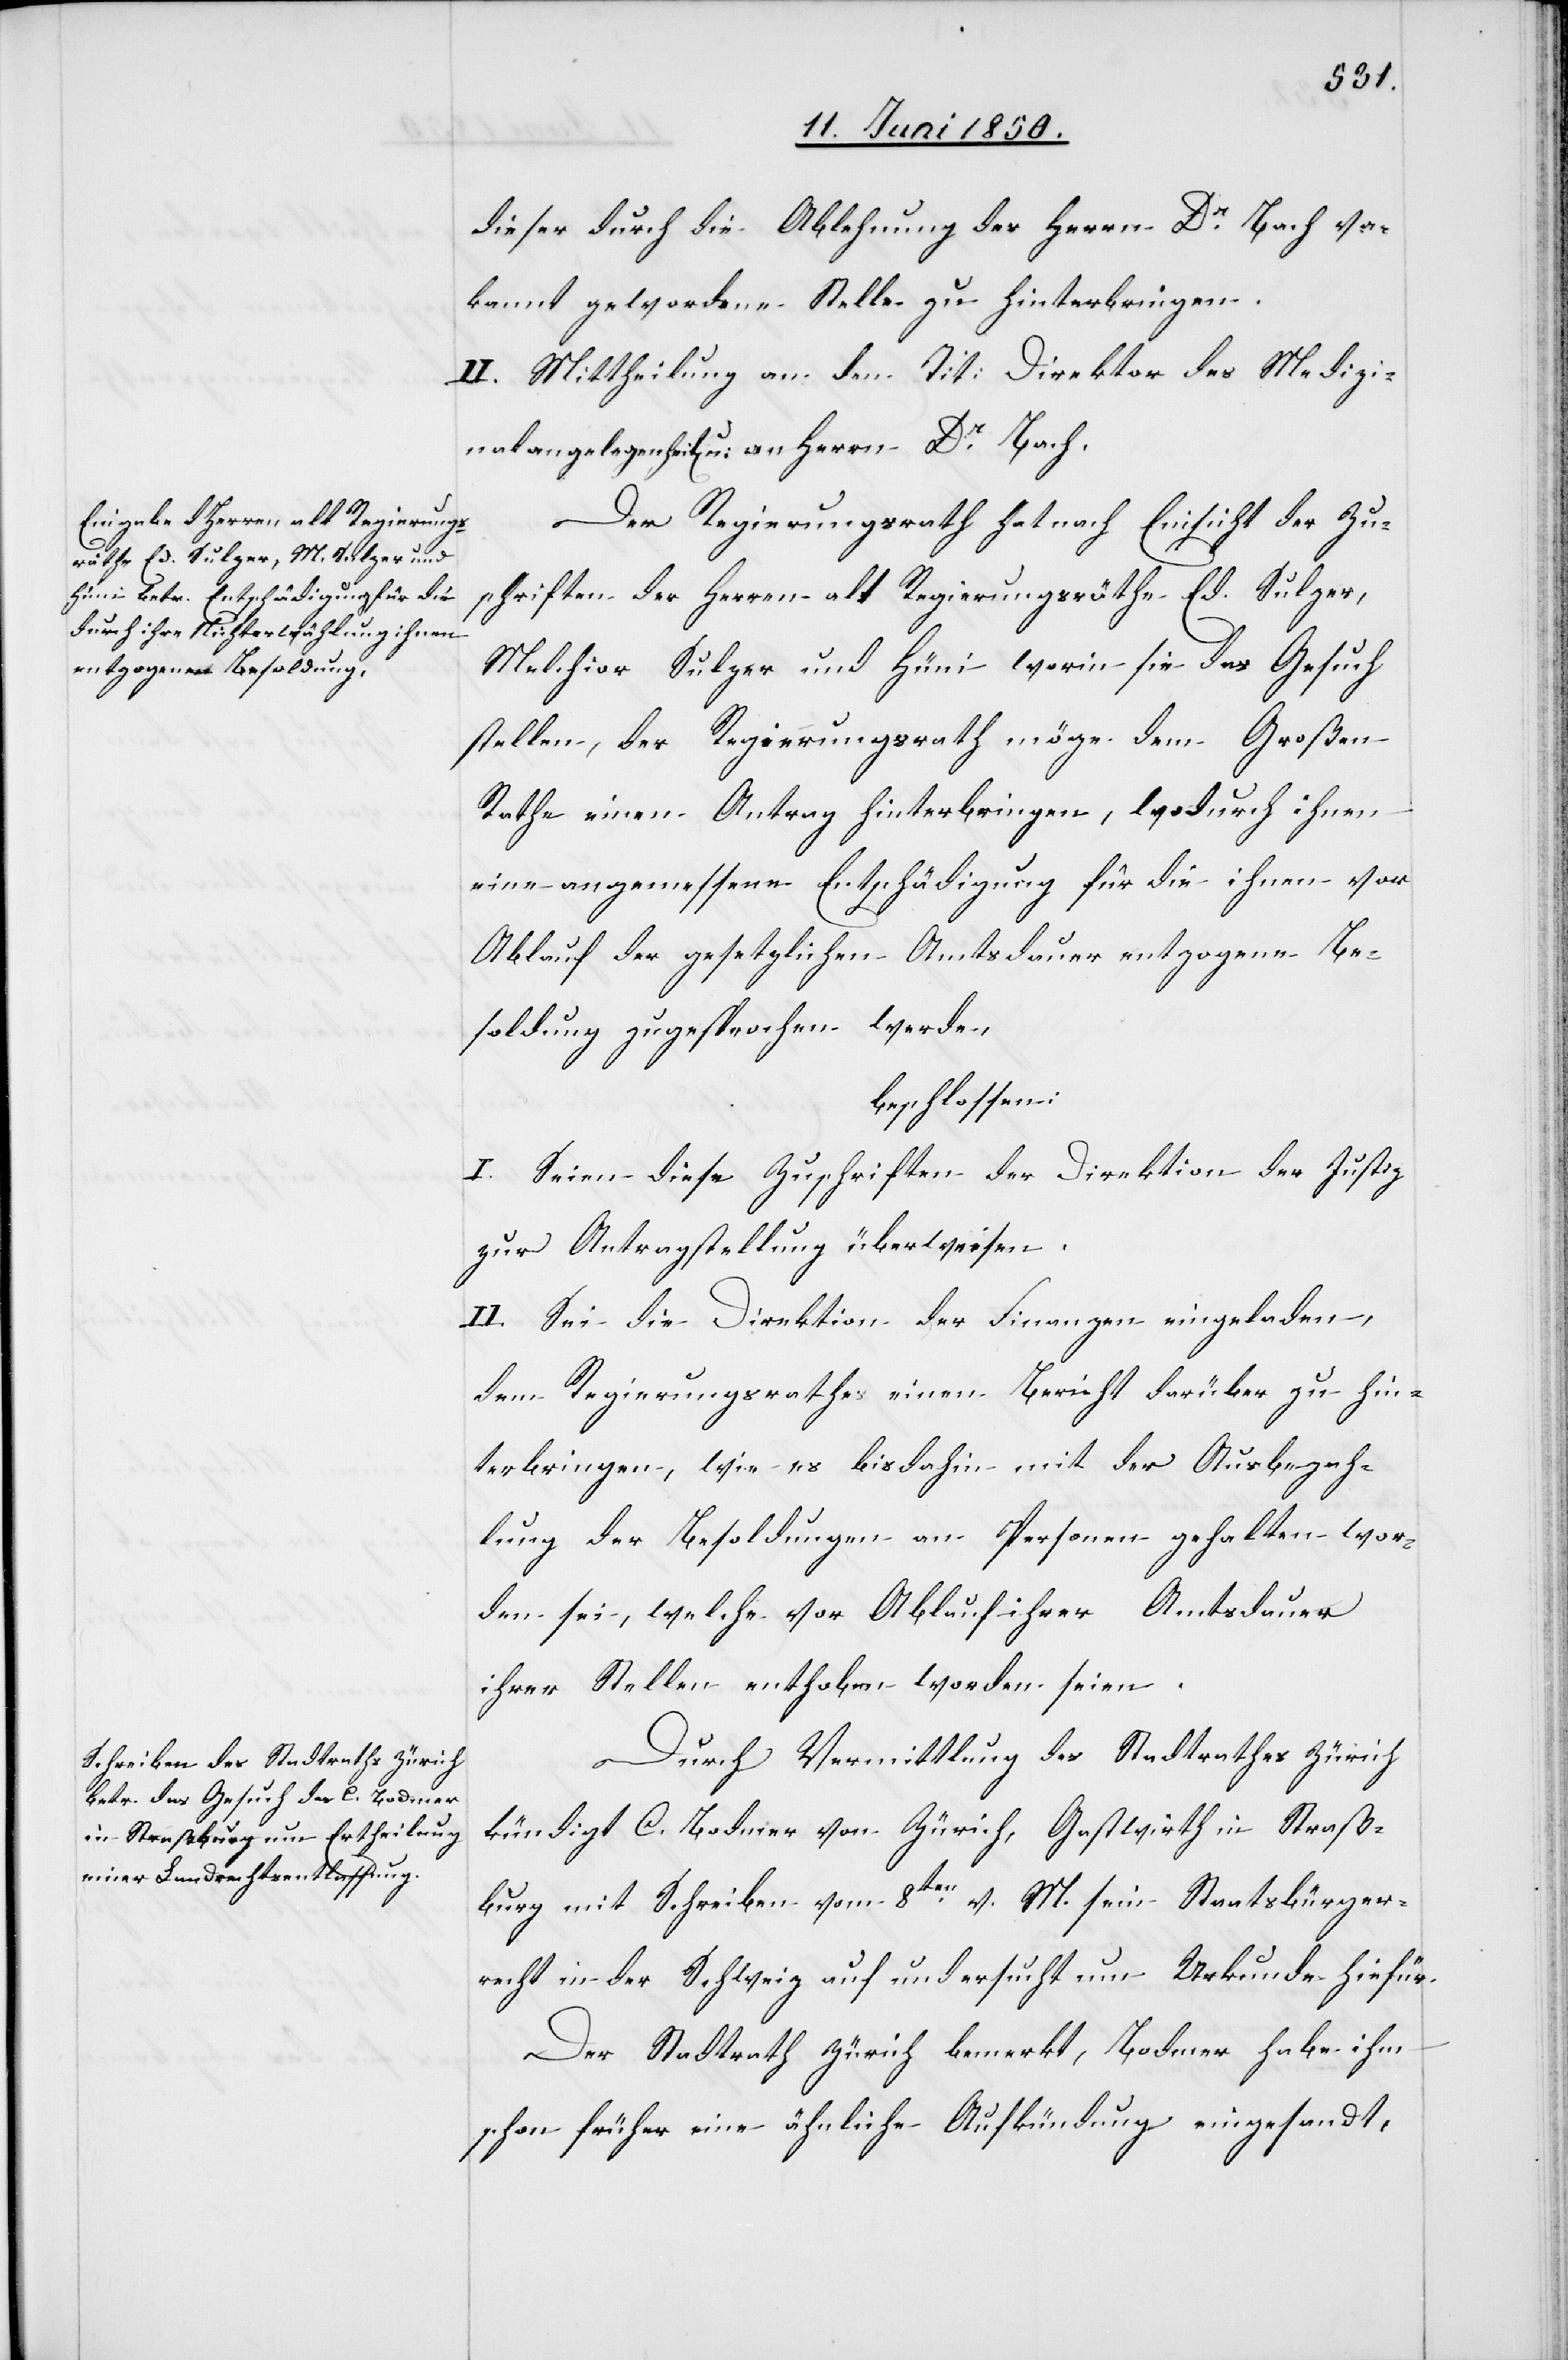
dieser durch die Ablehnung des Herrn Dr Bach va¬
kannt gewordene Stelle zu hinterbringen.
II. Mittheilung an den Tit: Direktor des [sic!] Medizi¬
nalangelegenheit[en] u: an Herrn Dr Bach.
Der Regierungsrath hat nach Einsicht der Zu¬
schriften der Herren alt Regierungsräthe Ed. Sulzer,
Melchior Sulzer und Hüni worin sie das Gesuch
stellen, der Regierungsrath möge dem Großen
Rathe einen Antrag hinterbringen, wodurch ihnen
eine angemessene Entschädigung für die ihnen vor
Ablauf der gesetzlichen Amtsdauer entzogene Be¬
soldung zugesprochen werde,
beschlossen:
I. Seien diese Zuschriften der Direktion der Justiz
zur Antragstellung überwiesen.
II. Sei die Direktion der Finanzen eingeladen,
dem Regierungsrathe einen Bericht darüber zu hin¬
terbringen, wie es bis dahin mit der Ausbezah¬
lung der Besoldungen an Personen gehalten wor¬
den sei, welche vor Ablauf ihre Amtsdauer
ihrer Stellen enthoben worden seien.
Durch Vermittlung des Stadtrathes Zürich
kündigt C. Bodmer von Zürich, Gastwirth in Straß¬
burg mit Schreiben vom 8ten v. M. sein Staatsbürger¬
recht in der Schweiz auf und ersucht um Urkunde hiefür.
Der Stadtrath Zürich bemerkt, Bodmer habe ihm
schon früher eine ähnliche Aufkündung eingesandt,